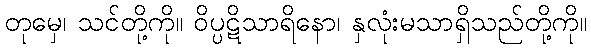
တုမှေ၊ သင်တို့ကို။ ဝိပ္ပဋိသာရိနော၊ နှလုံးမသာရှိသည်တို့ကို။